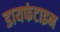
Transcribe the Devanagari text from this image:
डायफंटाइन